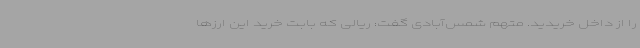
را از داخل خریدید. متهم شمس‌آبادی گفت: ریالی که بابت خرید این ارزها